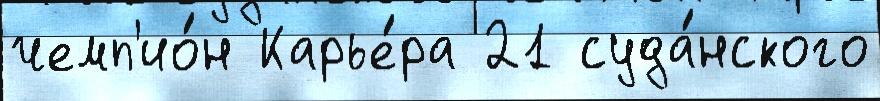
чемп'ио́н Карье́ра 21 суда́нского